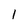
Character: 1